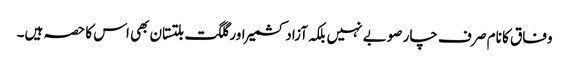
وفاق کا نام صر ف چار صوبے نہیں بلکہ آزادکشمیر اور گلگت بلتستان بھی اس کا حصہ ہیں۔